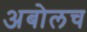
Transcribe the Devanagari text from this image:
अबोलच